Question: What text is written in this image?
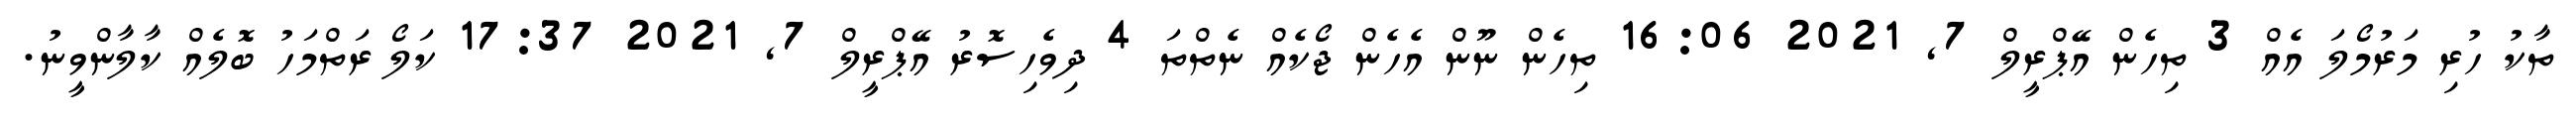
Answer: ތާކު ހުރި މަރުމޯލަ އެއް 3 ތިހެން އޭޕްރީލް 7, 2021 16:06 ތިހެން ނޫން އެހެން ޖޯކެއް ނެތްތަ 4 ދިވެހިސޮރު އޭޕްރީލް 7, 2021 17:37 ކަލޯ ރަތްމަހު ބޮލެއް ކާލާންވީނު.